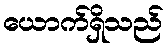
ယောက်ရှိသည်